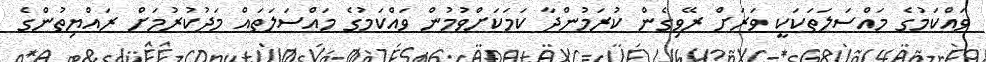
ވައްކަމުގެ މައްސަލަތަކަކީ ވަރަށް ރޭވިގެން ކުރަމުންދާ ކަމަކަށްވުމުން ވައްކަމުގެ މައްސަލަތައް މަދުކުރުމަށް ރައްޔިތުންގެ